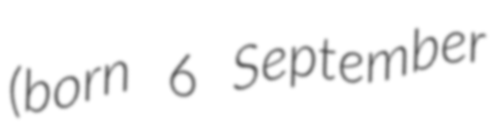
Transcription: (born 6 September